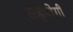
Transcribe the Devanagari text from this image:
सहयाेगी